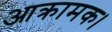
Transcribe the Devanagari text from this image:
आक्रामक।